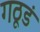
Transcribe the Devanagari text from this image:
गठूडं